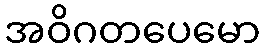
အဝိဂတပေမော